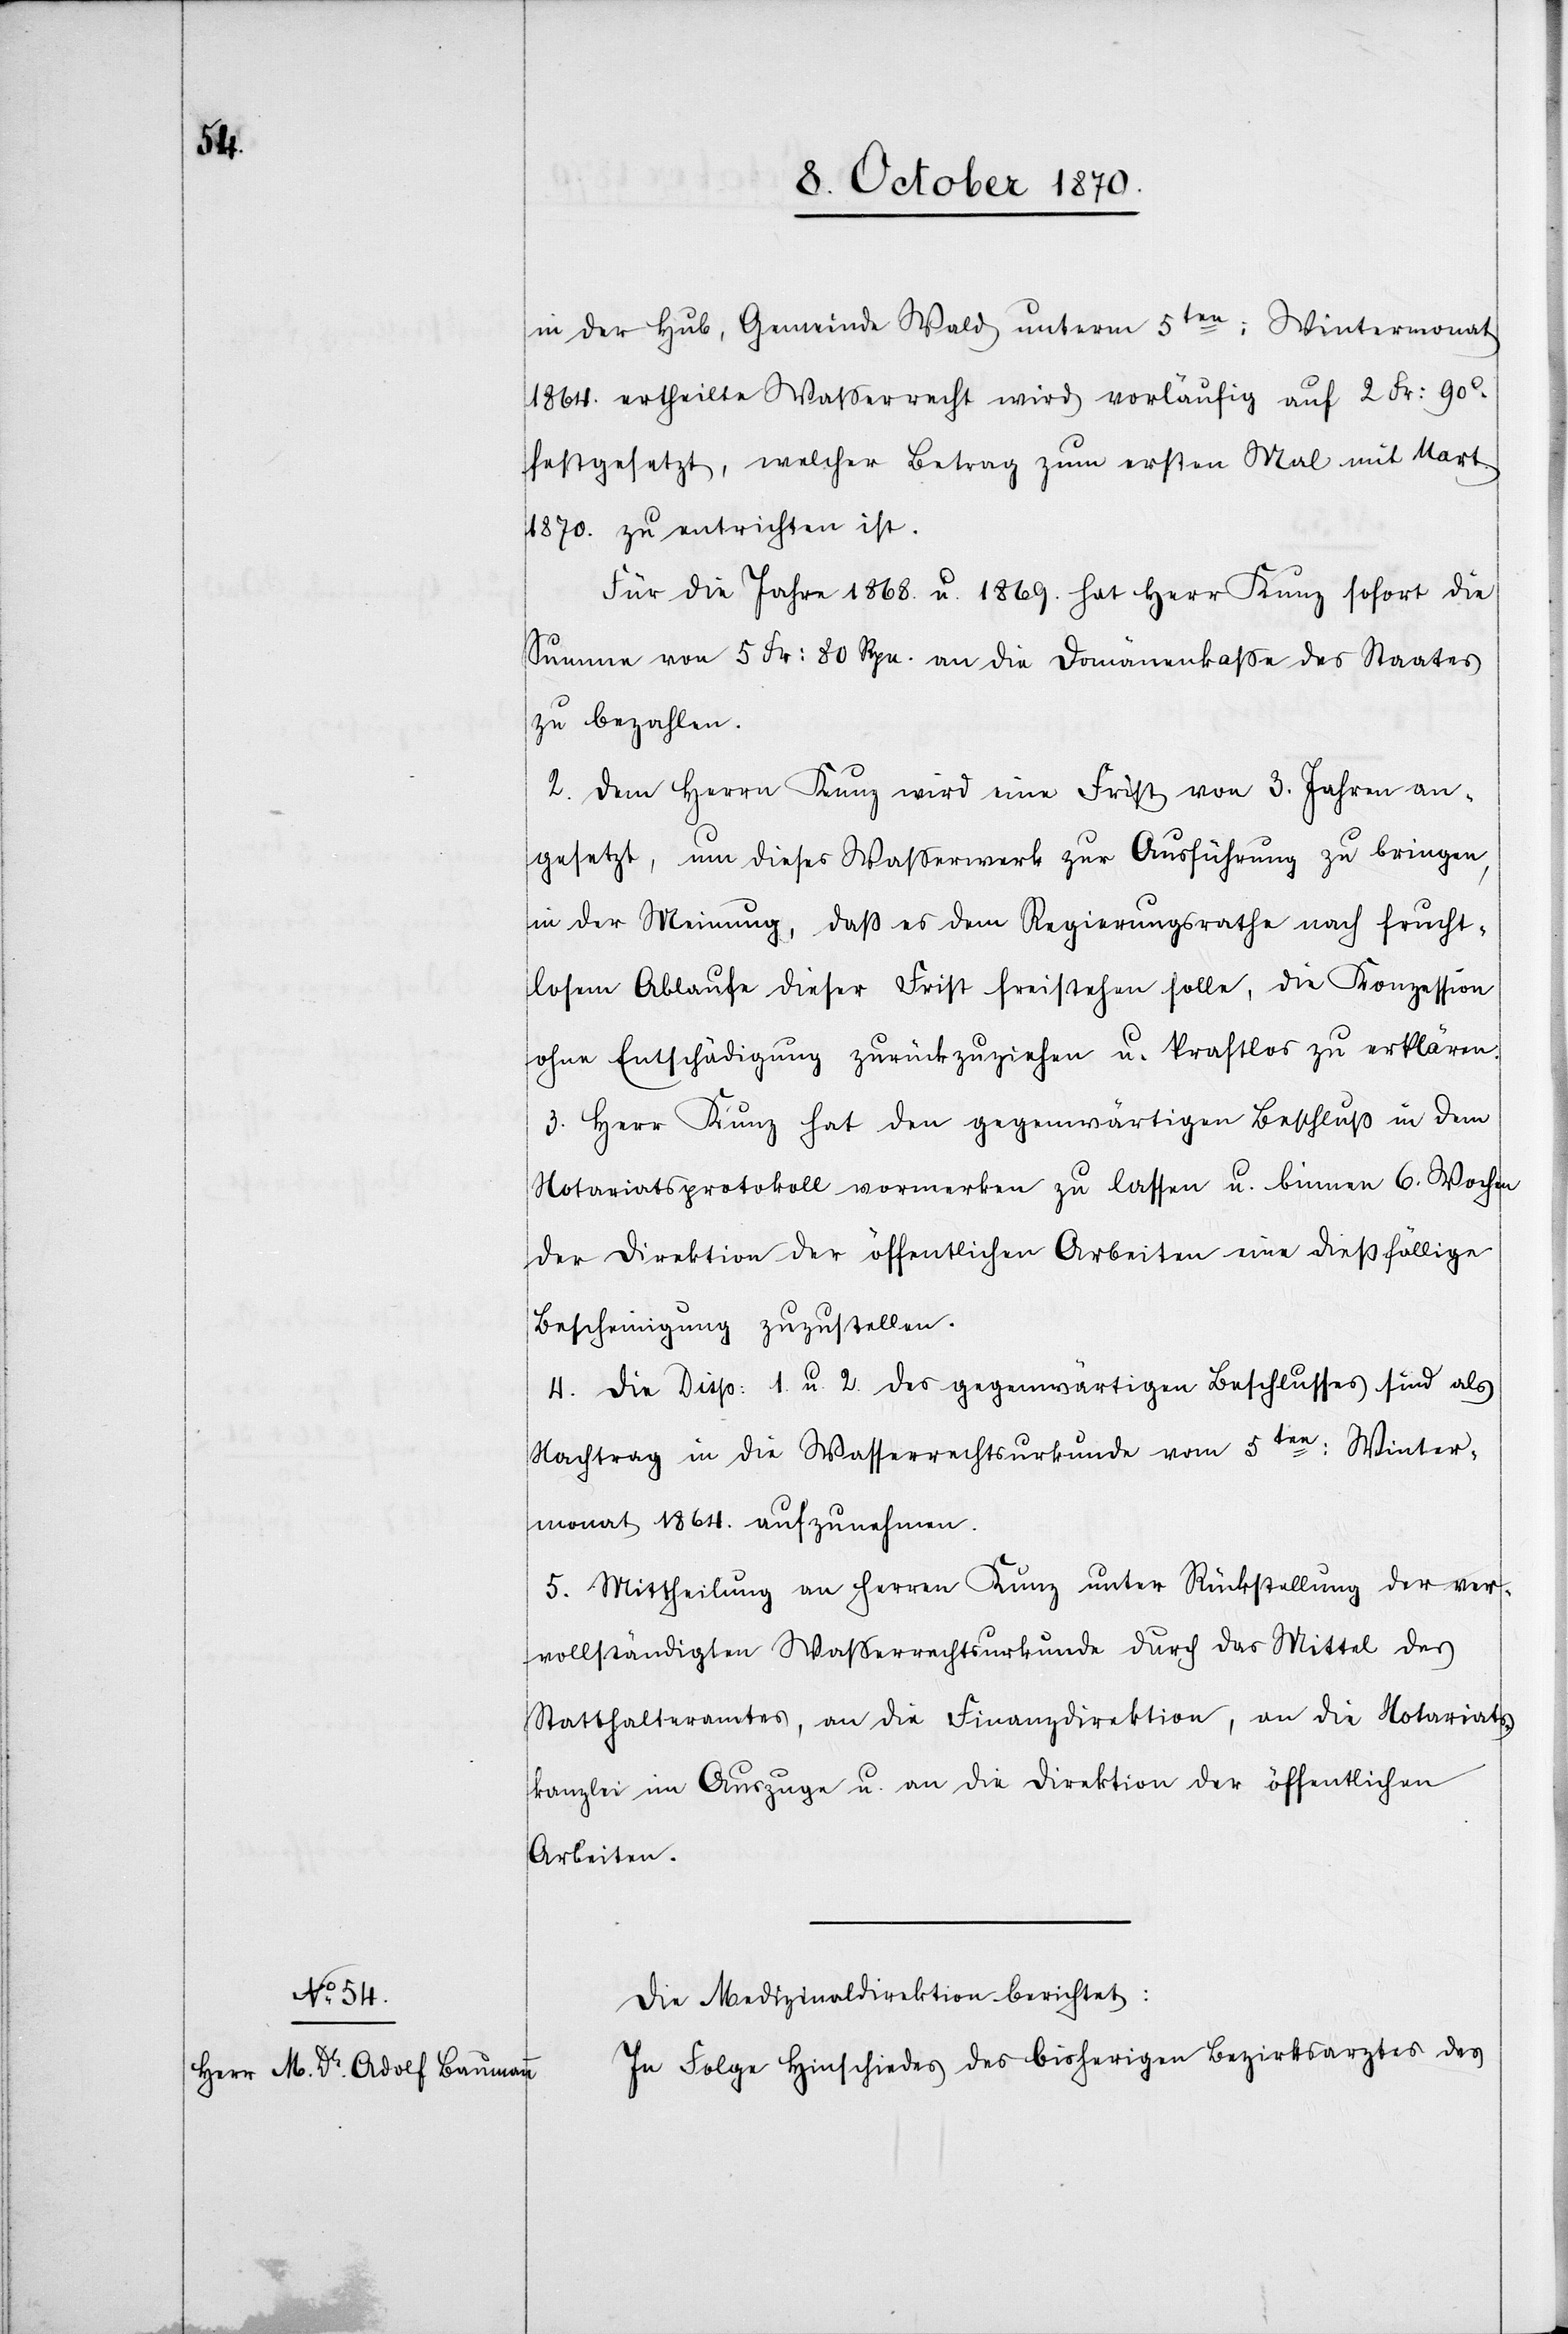
in der Hub, Gemeinde Wald unterm 5ten: Wintermonat
1864. ertheilte Wasserrecht wird vorläufig auf 2 Fr: 90
festgesetzt, welcher Betrag zum ersten Mal mit Mart.
1870. zu entrichten ist.
Für die Jahre 1868. u. 1869. hat Herr Kunz sofort die
Summe von 5 Fr: 80 Rpn. an die Domänenkaße des Staates
zu bezahlen.
2. Dem Herrn Kunz wird eine Frist von 3. Jahren an¬
gesetzt, um dieses Wasserwerk zur Ausführung zu bringen,
in der Meinung, daß es dem Regierungsrathe nach frucht¬
losem Ablaufe dieser Frist freistehen solle, die Konzession
ohne Entschädigung zurückzuziehen u. kraftlos zu erklären.
3. Herr Kunz hat den gegenwärtigen Beschluß in dem
Notariatsprotokoll vormerken zu lassen u. binnen 6. Wochen
der Direktion der öffentlichen Arbeiten eine dießfällige
Bescheinigung zuzustellen.
4. Die Disp: 1. u. 2. des gegenwärtigen Beschlusses sind als
Nachtrag in die Wasserrechtsurkunde vom 5ten: Winter¬
monat 1864. aufzunehmen.
5. Mittheilung an Herren Kunz unter Rückstellung der ver¬
vollständigten Waßerrechtsurkunde durch das Mittel des
Statthalteramtes, an die Finanzdirektion, an die Notariats¬
kanzlei im Auszuge u. an die Direktion der öffentlichen
Arbeiten.
Die Medizinaldirektion berichtet:
In Folge Hinschiedes des bisherigen Bezirksarztes des